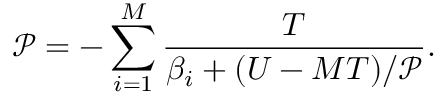
\mathcal { P } = - \sum _ { i = 1 } ^ { M } \frac { T } { \beta _ { i } + ( U - M T ) / \mathcal { P } } .